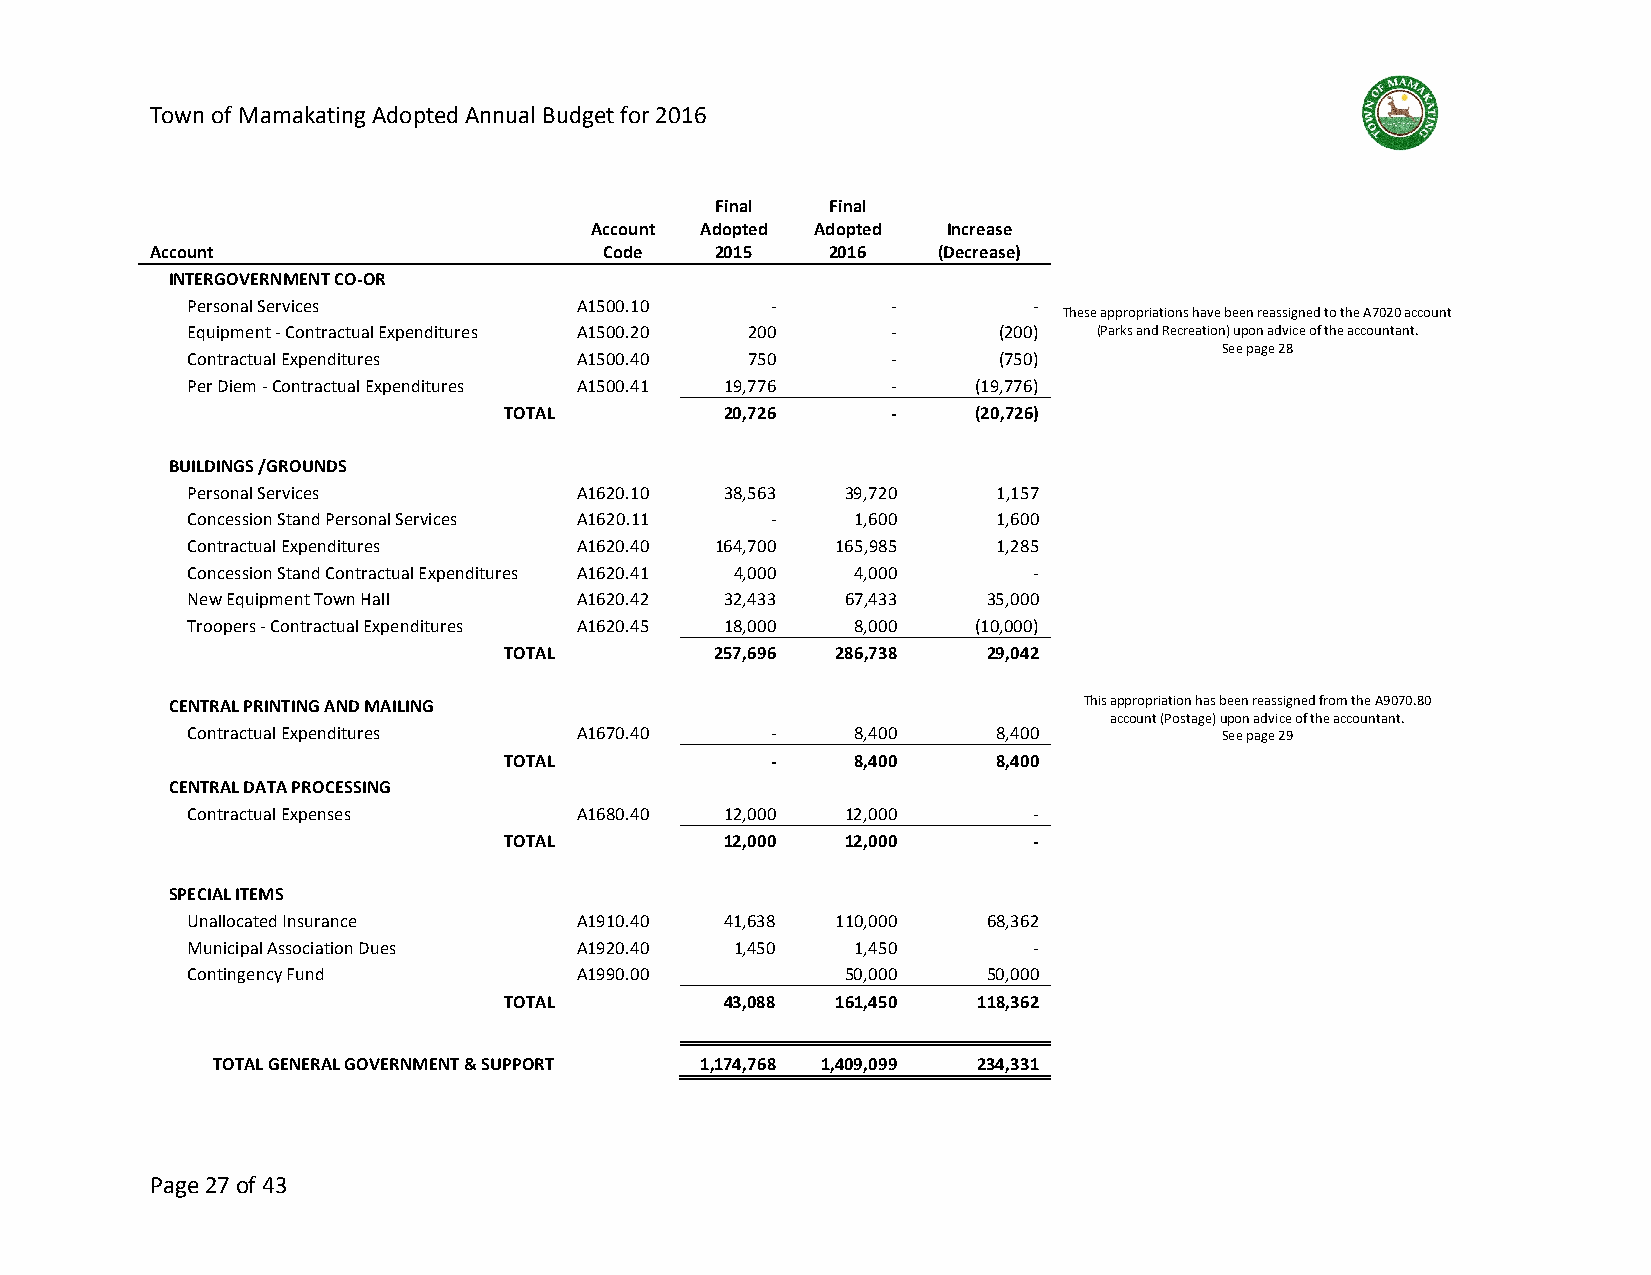
Town of Mamakating Adopted Annual Budget for 2016
 Final   Final
 Account Adopted Adopted Increase
 Account                       Code   2015    2016   (Decrease)
 INTERGOVERNMENT CO-OR
 Personal Services         A1500.10     -       -        -
 These appropriations have been reassigned to the A7020 account
 Equipment - Contractual Expenditures A1500.20 200 -   (200)  (Parks and Recreation) upon advice of the accountant.
 See page 28
 Contractual Expenditures  A1500.40   750       -      (750)
 Per Diem - Contractual Expenditures A1500.41 19,776 - (19,776)
 TOTAL          20,726     -     (20,726)
 BUILDINGS /GROUNDS
 Personal Services         A1620.10  38,563  39,720    1,157
 Concession Stand Personal Services A1620.11 - 1,600   1,600
 Contractual Expenditures  A1620.40 164,700 165,985    1,285
 Concession Stand Contractual Expenditures A1620.41 4,000 4,000 -
 New Equipment Town Hall   A1620.42  32,433  67,433   35,000
 Troopers - Contractual Expenditures A1620.45 18,000 8,000 (10,000)
 TOTAL         257,696 286,738   29,042
 CENTRAL PRINTING AND MAILING                                 This appropriation has been reassigned from the A9070.80
 account (Postage) upon advice of the accountant.
 Contractual Expenditures  A1670.40     -     8,400    8,400          See page 29
 TOTAL             -     8,400    8,400
 CENTRAL DATA PROCESSING
 Contractual Expenses      A1680.40  12,000  12,000      -
 TOTAL          12,000  12,000      -
 SPECIAL ITEMS
 Unallocated Insurance     A1910.40  41,638 110,000   68,362
 Municipal Association Dues A1920.40  1,450   1,450      -
 Contingency Fund          A1990.00          50,000   50,000
 TOTAL          43,088 161,450   118,362
 TOTAL GENERAL GOVERNMENT & SUPPORT 1,174,768 1,409,099 234,331
 Page 27 of 43